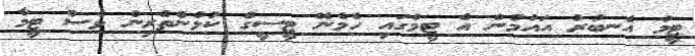
ޓީމު އެނބުރު އައުމުން އެ ޓީމްގައި ހެމެނޭ ޓީސީގެ ކުޅުންތެރިން ވެސް ޓީމާ